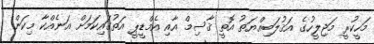
މަހީކުރީ މަޖިލީހުގެ އަޤުލަބިއްޔަތު އޮތީ ޤާސިމް އާއި އެމްޑީޕީ އަތުގައިކަމަށް އަނެއްކާ މިކަން